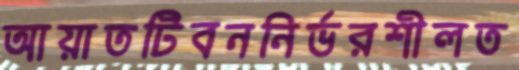
আয়াতটিবননির্ভরশীলত